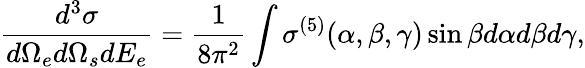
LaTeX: \frac{d^{3}\sigma}{d\Omega_{e}d\Omega_{s}dE_{e}}=\frac{1}{8\pi^{2}}\int\sigma^{(5)}(\alpha,\beta,\gamma)\sin\beta d\alpha d\beta d\gamma,